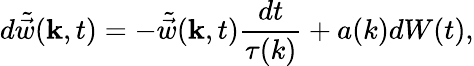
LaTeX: d\tilde{\vec{w}}(\mathbf{k},t)=-\tilde{\vec{w}}(\mathbf{k},t)\frac{dt}{\tau(k)}+a(k)dW(t),